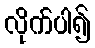
လိုက်ပါ၍